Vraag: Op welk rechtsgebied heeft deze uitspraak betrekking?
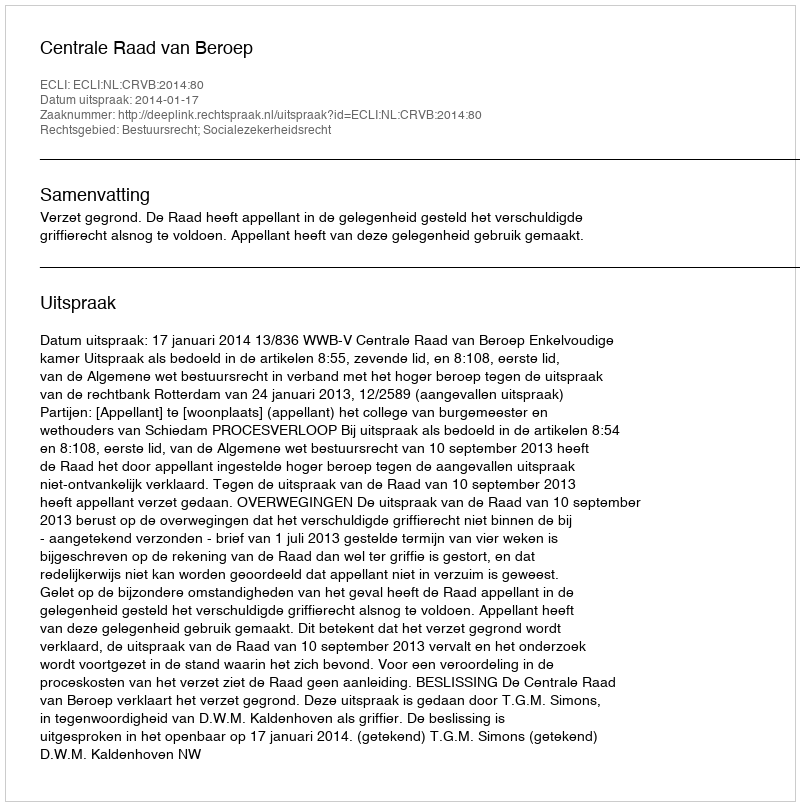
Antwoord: Bestuursrecht; Socialezekerheidsrecht